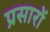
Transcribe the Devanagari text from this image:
प्रसारों